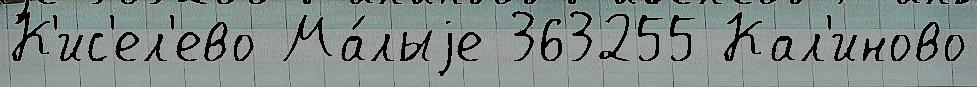
К'ис'ел'ево Ма́лыjе 363255 Кал'иново